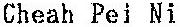
CHEAH PEI NI